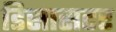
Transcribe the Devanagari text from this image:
डिसासटर